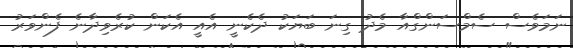
ނަމަވެސް ސެމްސަންގްއާ މެދު ގިނަ ބަޔަކު ދެކެނީ އެއީ އެކަން ކުރެވިދާނެ ފެންވަރު